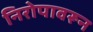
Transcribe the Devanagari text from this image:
निरोपावरून